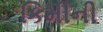
કિમીની